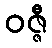
ဝဇ္ဇီ